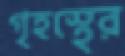
গৃহস্থের